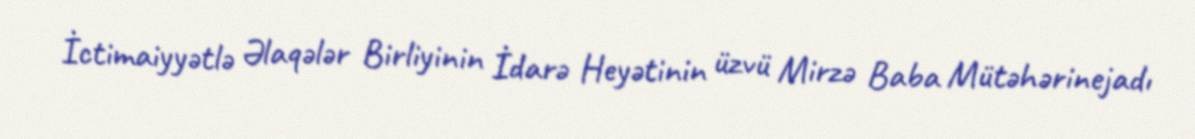
İctimaiyyətlə Əlaqələr Birliyinin İdarə Heyətinin üzvü Mirzə Baba Mütəhərinejadı